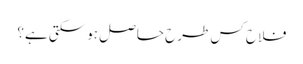
فلاح کس طرح حاصل ہوسکتی ہے؟